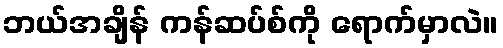
ဘယ်အချိန် ကန်ဆပ်စ်ကို ရောက်မှာလဲ။